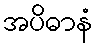
အပိဓာနံ